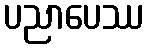
ပညာပေဿ